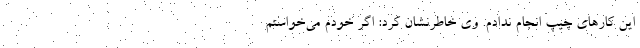
این کارهای چیپ انجام ندادم. وی خاطرنشان کرد: ‌اگر خودم می‌خواستم